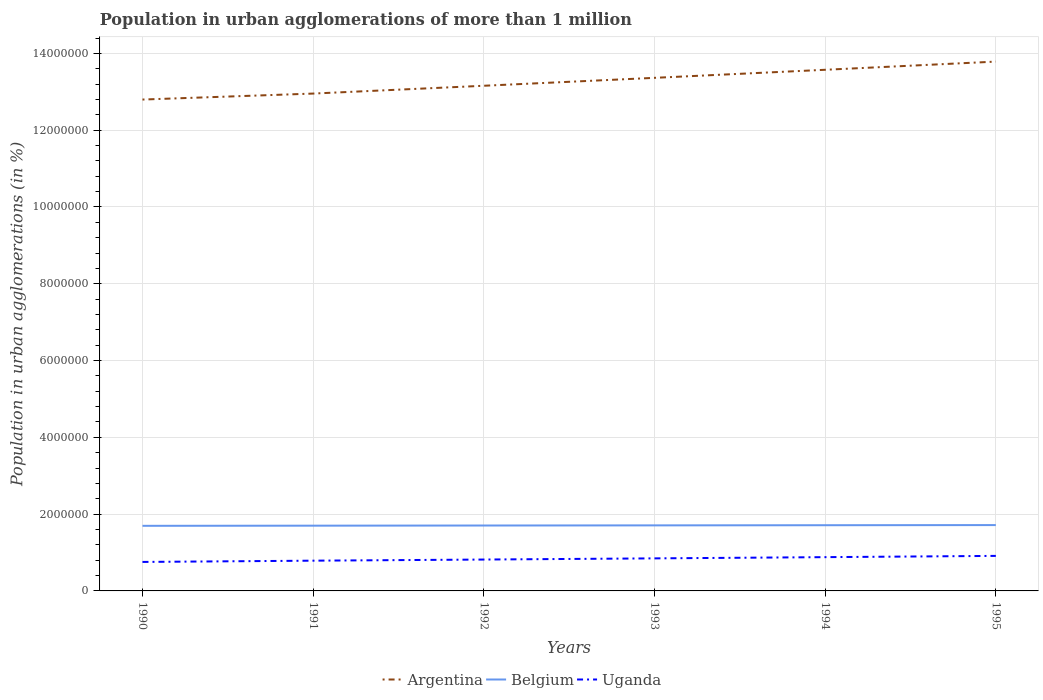
| Years | Argentina | Belgium | Uganda |
 | --- | --- | --- | --- |
 | 1990 | 1.28e+07 | 1.7e+06 | 7.55e+05 |
 | 1991 | 1.3e+07 | 1.7e+06 | 7.88e+05 |
 | 1992 | 1.32e+07 | 1.7e+06 | 8.17e+05 |
 | 1993 | 1.34e+07 | 1.71e+06 | 8.48e+05 |
 | 1994 | 1.36e+07 | 1.71e+06 | 8.8e+05 |
 | 1995 | 1.38e+07 | 1.71e+06 | 9.12e+05 |